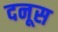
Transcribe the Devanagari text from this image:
दनूस